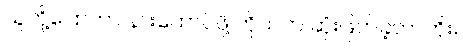
သူတို့ပြောတာ နားထောင်ဖို့ ကိုယ်က ဆုံးဖြတ်ခဲ့တာကိုး။